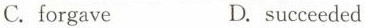
C.forgave D.succeeded